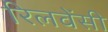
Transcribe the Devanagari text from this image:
रिलवेंसी